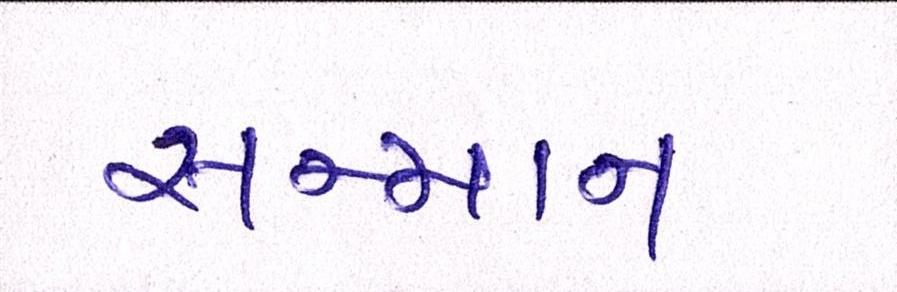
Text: સન્માન